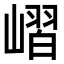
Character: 嶍